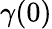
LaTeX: \gamma(0)